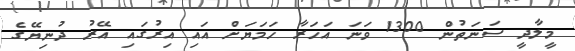
މީލާދީ ސަނަތުން 1300 ވަނަ އަހަރާ ހަމަޔަށް އައި އިރުގައި އޭރު ދުނިޔޭގެ